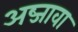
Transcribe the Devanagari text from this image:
अब्जावा